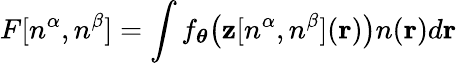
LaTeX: F[n^{\alpha},n^{\beta}]=\int f_{\boldsymbol\theta}\big(\mathbf z[n^{\alpha},n^{\beta}](\mathbf r)\big)n(\mathbf r)d\mathbf r